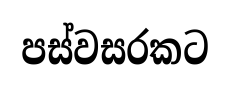
පස්වසරකට